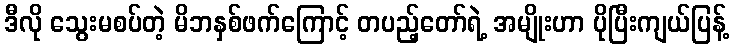
ဒီလို သွေးမစပ်တဲ့ မိဘနှစ်ဖက်ကြောင့် တပည့်တော်ရဲ့ အမျိုးဟာ ပိုပြီးကျယ်ပြန့်